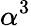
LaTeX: \alpha^{3}